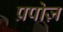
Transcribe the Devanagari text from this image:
प्रपोज़